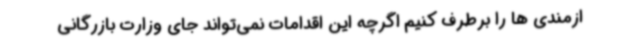
ازمندی ها را برطرف کنیم اگرچه این اقدامات نمی‌تواند جای وزارت بازرگانی